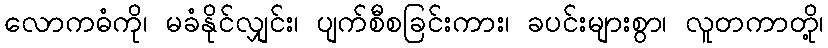
လောကဓံကို၊ မခံနိုင်လျှင်း၊ ပျက်စီစခြင်းကား၊ ခပင်းများစွာ၊ လူတကာတို့၊